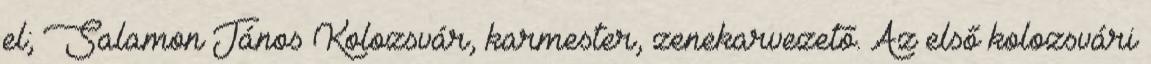
el; Salamon János Kolozsvár, karmester, zenekarvezető. Az első kolozsvári